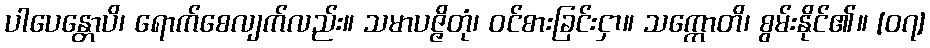
ပါပေန္တောပိ၊ ရောက်စေလျက်လည်း။ သမာပဇ္ဇိတုံ၊ ဝင်စားခြင်းငှာ။ သက္ကောတိ၊ စွမ်းနိုင်၏။ [၀၇]